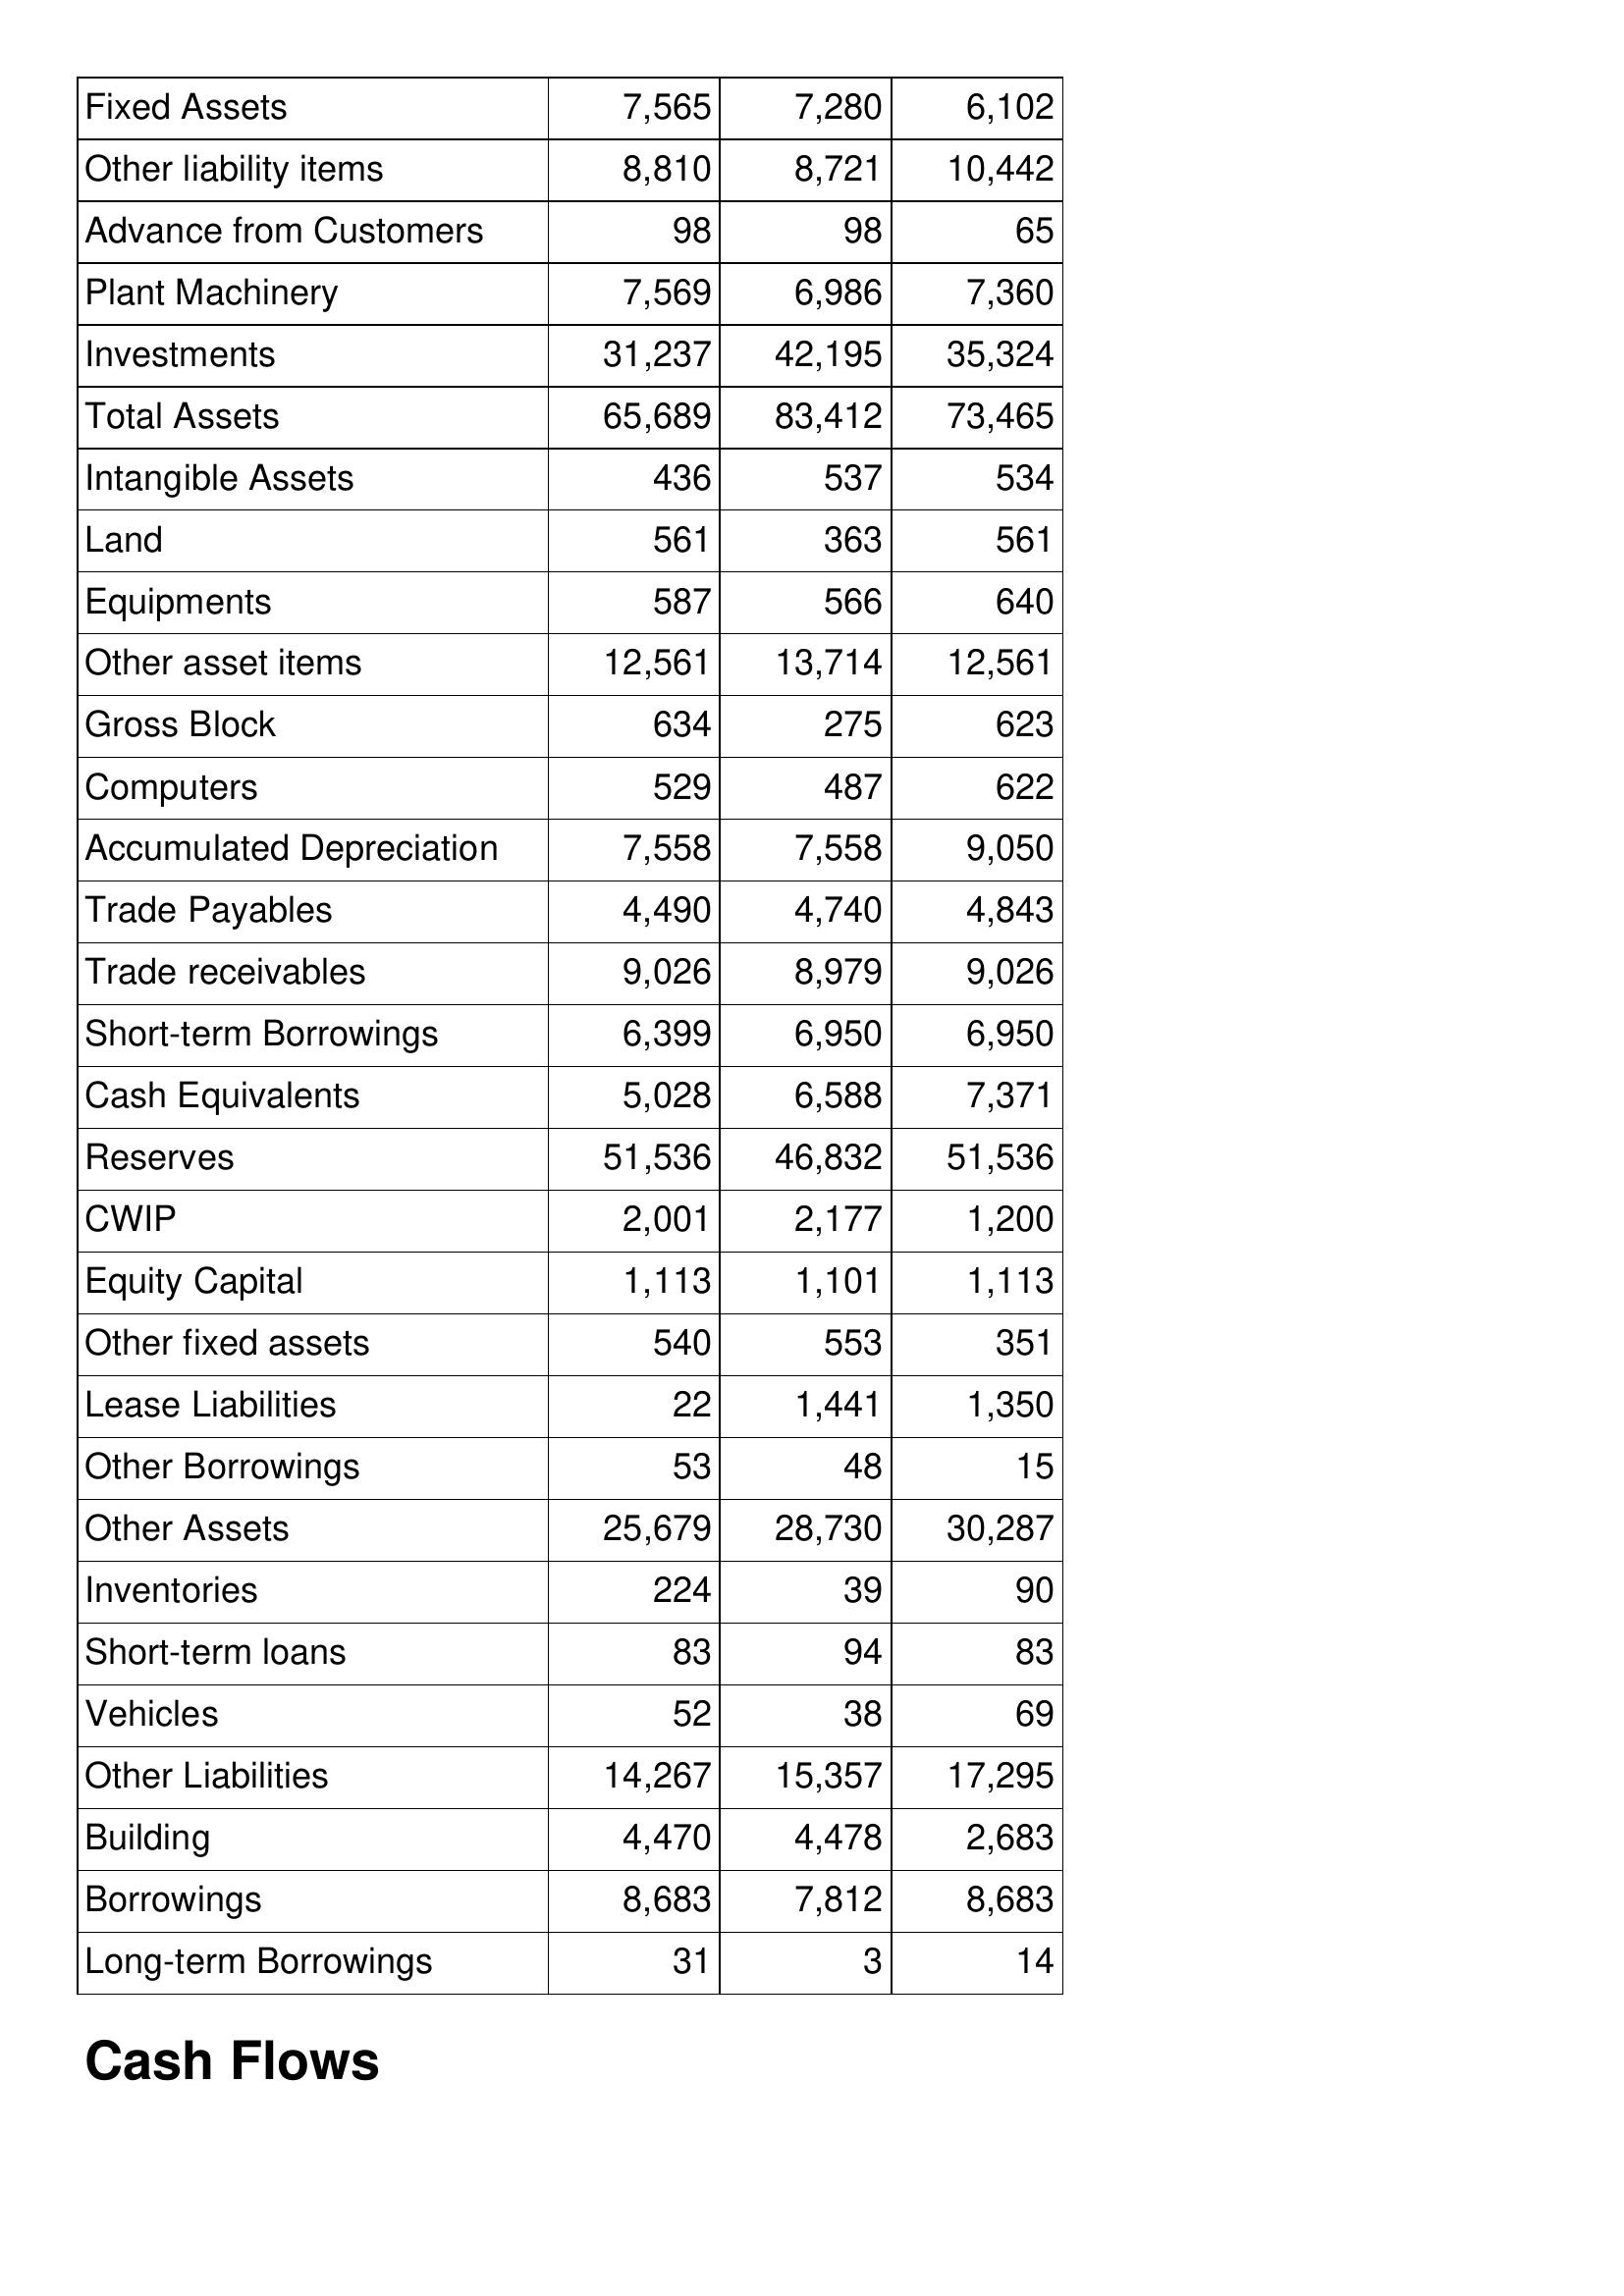
Jun-10: Balance Sheet: Fixed Assets: 7,565
Other liability items: 8,810
Advance from Customers: 98
Plant Machinery: 7,569
Investments: 31,237
Total Assets: 65,689
Intangible Assets: 436
Land: 561
Equipments: 587
Other asset items: 12,561
Gross Block: 634
Computers: 529
Accumulated Depreciation: 7,558
Trade Payables: 4,490
Trade receivables: 9,026
Short-term Borrowings: 6,399
Cash Equivalents: 5,028
Reserves: 51,536
CWIP: 2,001
Equity Capital: 1,113
Other fixed assets: 540
Lease Liabilities: 22
Other Borrowings: 53
Other Assets: 25,679
Inventories: 224
Short-term loans: 83
Vehicles: 52
Other Liabilities: 14,267
Building: 4,470
Borrowings: 8,683
Long-term Borrowings: 31
Jun-11: Balance Sheet: Fixed Assets: 7,280
Other liability items: 8,721
Advance from Customers: 98
Plant Machinery: 6,986
Investments: 42,195
Total Assets: 83,412
Intangible Assets: 537
Land: 363
Equipments: 566
Other asset items: 13,714
Gross Block: 275
Computers: 487
Accumulated Depreciation: 7,558
Trade Payables: 4,740
Trade receivables: 8,979
Short-term Borrowings: 6,950
Cash Equivalents: 6,588
Reserves: 46,832
CWIP: 2,177
Equity Capital: 1,101
Other fixed assets: 553
Lease Liabilities: 1,441
Other Borrowings: 48
Other Assets: 28,730
Inventories: 39
Short-term loans: 94
Vehicles: 38
Other Liabilities: 15,357
Building: 4,478
Borrowings: 7,812
Long-term Borrowings: 3
Jun-12: Balance Sheet: Fixed Assets: 6,102
Other liability items: 10,442
Advance from Customers: 65
Plant Machinery: 7,360
Investments: 35,324
Total Assets: 73,465
Intangible Assets: 534
Land: 561
Equipments: 640
Other asset items: 12,561
Gross Block: 623
Computers: 622
Accumulated Depreciation: 9,050
Trade Payables: 4,843
Trade receivables: 9,026
Short-term Borrowings: 6,950
Cash Equivalents: 7,371
Reserves: 51,536
CWIP: 1,200
Equity Capital: 1,113
Other fixed assets: 351
Lease Liabilities: 1,350
Other Borrowings: 15
Other Assets: 30,287
Inventories: 90
Short-term loans: 83
Vehicles: 69
Other Liabilities: 17,295
Building: 2,683
Borrowings: 8,683
Long-term Borrowings: 14